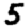
Digit: 5